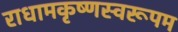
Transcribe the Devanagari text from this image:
राधामकृष्णस्वरूपम